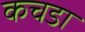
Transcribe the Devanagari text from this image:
कचडा